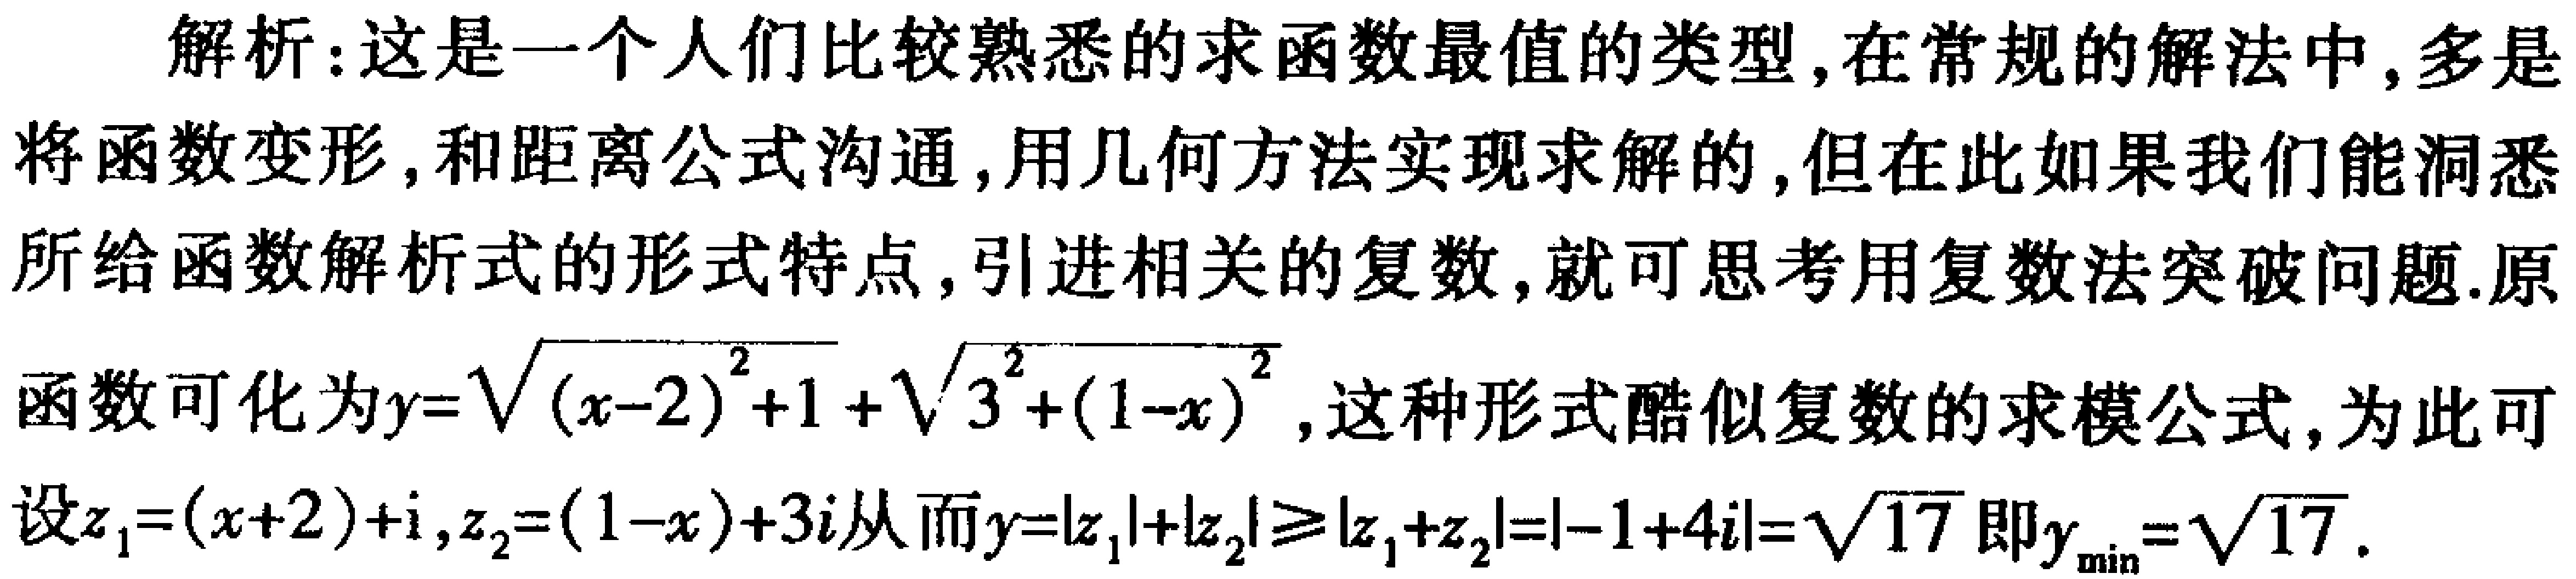
解析：这是一个人们比较熟悉的求函数最值的类型，在常规的解法中，多是将函数变形，和距离公式沟通，用几何方法实现求解的，但在此如果我们能洞悉所给函数解析式的形式特点，引进相关的复数，就可思考用复数法突破问题.原函数可化为\(y = \sqrt{(x - 2)^2 + 1} + \sqrt{3^2 + (1 - x)^2}\)，这种形式酷似复数的求模公式，为此可设\(z_1=(x + 2)+i\)，\(z_2=(1 - x)+3i\)从而\(y = |z_1|+|z_2|\geq|z_1 + z_2|=|-1 + 4i|=\sqrt{17}\)即\(y_{\min}=\sqrt{17}\).